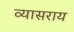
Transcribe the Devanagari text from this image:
व्यासराय